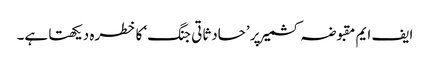
ایف ایم مقبوضہ کشمیر پر ’حادثاتی جنگ‘ کا خطرہ دیکھتا ہے۔